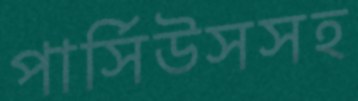
পার্সিউসসহ